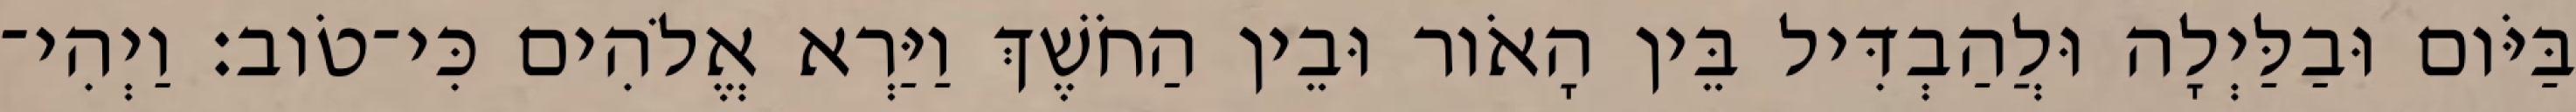
בַּיֹּום וּבַלַּיְלָה וּלֲהַבְדִּיל בֵּין הָאֹור וּבֵין הַחֹשֶׁךְ וַיַּרְא אֱלֹהִים כִּי־טֹוב׃ וַיְהִי־